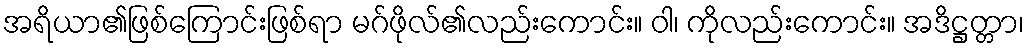
အရိယာ၏ဖြစ်ကြောင်းဖြစ်ရာ မဂ်ဖိုလ်၏လည်းကောင်း။ ဝါ၊ ကိုလည်းကောင်း။ အဒိဋ္ဌတ္တာ၊